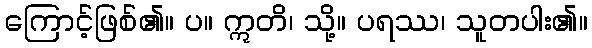
ကြောင့်ဖြစ်၏။ ပ။ ဣတိ၊ သို့။ ပရဿ၊ သူတပါး၏။